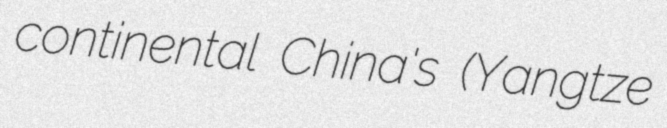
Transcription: continental China's (Yangtze